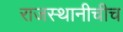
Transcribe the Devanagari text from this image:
राजस्थानीचीच